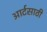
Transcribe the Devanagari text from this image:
आर्टसाठी